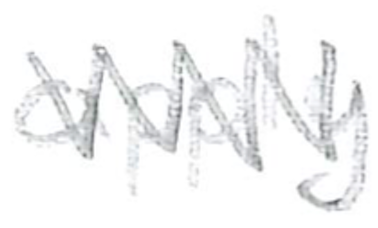
Text: apply
Cross-out: zig-zag
Writing tool: pencil